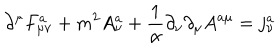
\partial ^ { \mu } F _ { \mu \nu } ^ { a } + m ^ { 2 } A _ { \nu } ^ { a } + \frac 1 \alpha \partial _ { \nu } \partial _ { \mu } A ^ { a \mu } = j _ { \nu } ^ { a }